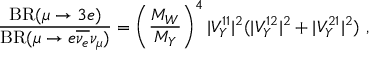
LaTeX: { \frac { \mathrm { B R } ( \mu \to 3 e ) } { \mathrm { B R } ( \mu \to e \overline { { { \nu _ { e } } } } \nu _ { \mu } ) } } = \left( \frac { M _ { W } } { M _ { Y } } \right) ^ { 4 } | V _ { Y } ^ { 1 1 } | ^ { 2 } ( | V _ { Y } ^ { 1 2 } | ^ { 2 } + | V _ { Y } ^ { 2 1 } | ^ { 2 } ) \ ,